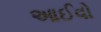
આઈવો